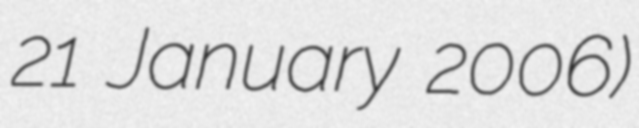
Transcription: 21 January 2006)